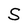
Character: S